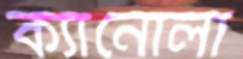
ক্যানোলা